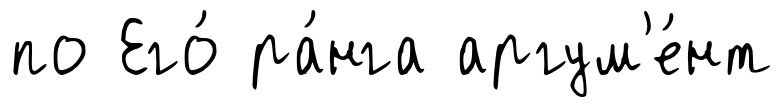
по Его́ ра́нга аргум'е́нт